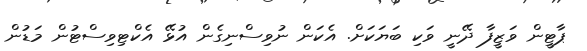
ޕާޓީން ވަޒީފާ ދޭނީ ވަކި ބަޔަކަށް. އެކަން ނުވިސްނިގެން އުޅޭ އެކްޓިވިސްޓުން މަޑުން